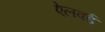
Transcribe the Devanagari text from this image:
ऐलवर्ड